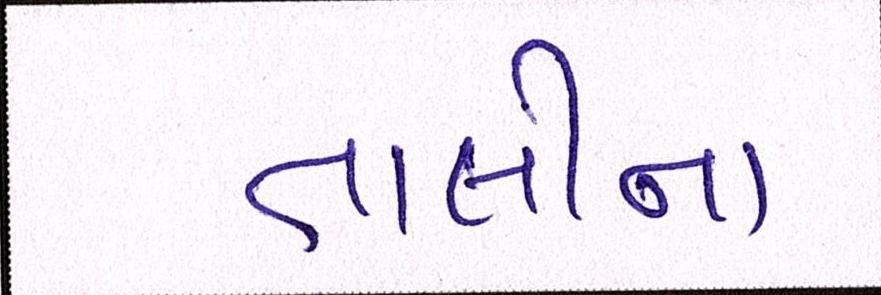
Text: તાલીના